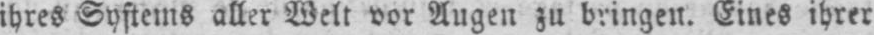
ihres Systems aller Welt vor Augen zu bringen. Eines ihrer